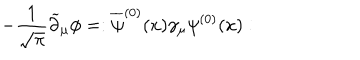
- { \frac { 1 } { \sqrt \pi } } \widetilde \partial _ { \mu } \phi = : \overline { { \psi } } ^ { ( 0 ) } ( x ) \gamma _ { \mu } \psi ^ { ( 0 ) } ( x ) :